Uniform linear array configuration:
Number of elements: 32
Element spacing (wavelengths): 1
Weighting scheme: uniform
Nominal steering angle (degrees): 15
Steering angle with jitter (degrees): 14.211
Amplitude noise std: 0.05
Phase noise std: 0.05

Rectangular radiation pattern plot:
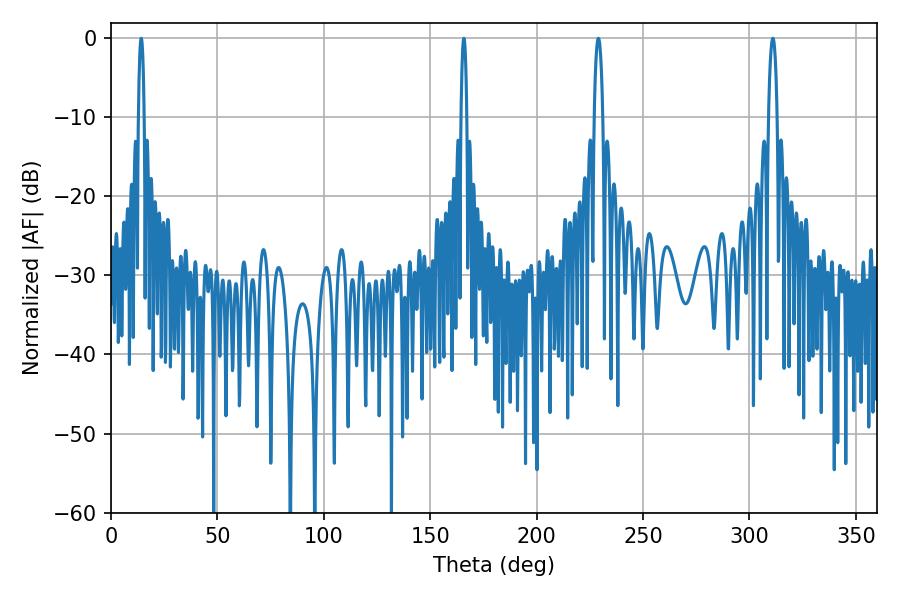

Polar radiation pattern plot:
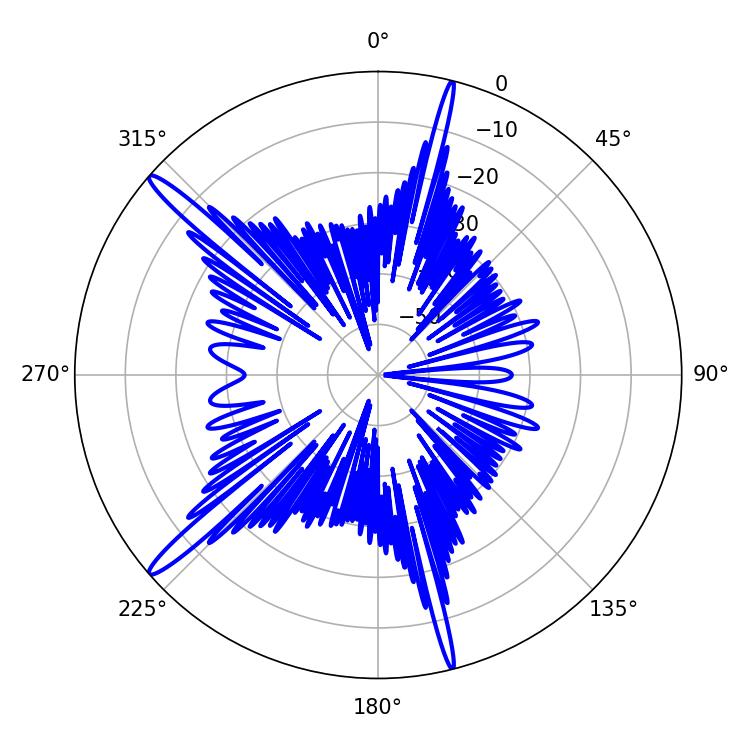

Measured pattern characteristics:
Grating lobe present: TRUE
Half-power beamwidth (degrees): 1.44
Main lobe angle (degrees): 14.22